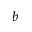
b